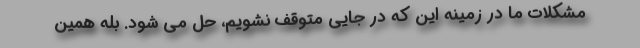
مشکلات ما در زمینه این که در جایی متوقف نشویم، حل می شود. بله همین